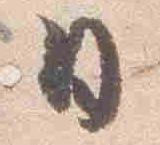
日